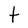
Character: t